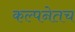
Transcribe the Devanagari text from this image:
कल्पनेतच